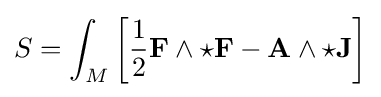
S=\int _{M}\left[{\frac {1}{2}}\mathbf {F} \wedge {\star }\mathbf {F} -\mathbf {A} \wedge {\star }\mathbf {J} \right]